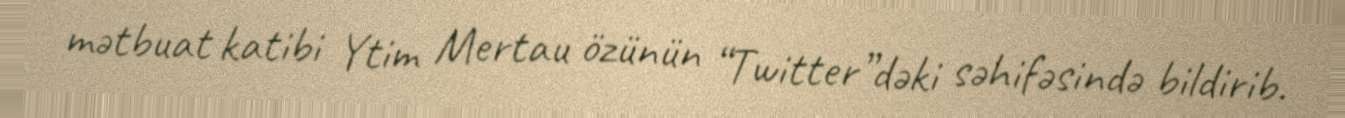
mətbuat katibi Ytim Mertau özünün “Twitter”dəki səhifəsində bildirib.